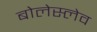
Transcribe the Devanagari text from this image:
बोलेस्लेव